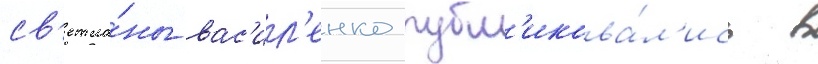
св'етла́ны вас'ил'енко публ'икова́л'ись в